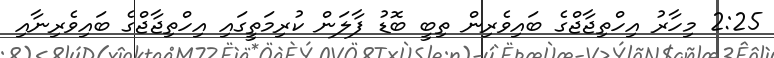
2:25 މިހާރު އިހްތިޖާޖްގެ ބައިވެރިން ތިބީ ބޮޑު ފާލަން ކުރިމަތީގައި އިހްތިޖާޖްގެ ބައިވެރިނާއި